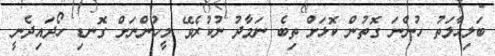
ބަލިހާލަތު ހުންނަ ގޮތުން ކޮޅަށް ތިބެ ނަމާދު ނުކުރެވޭ މީހުންނަށް ގޮނޑި ހޯދައިދެނީ